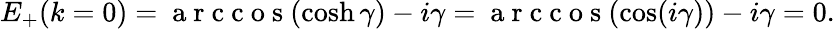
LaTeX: E_{+}(k=0)=\mathrm{~a~r~c~c~o~s~}(\cosh\gamma)-i\gamma=\mathrm{~a~r~c~c~o~s~}(\cos(i\gamma))-i\gamma=0.